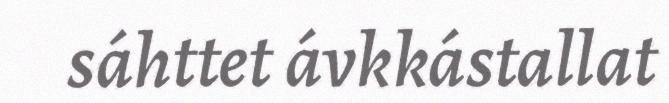
sáhttet ávkkástallat